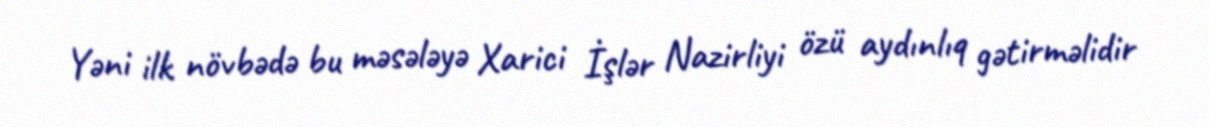
Yəni ilk növbədə bu məsələyə Xarici İşlər Nazirliyi özü aydınlıq gətirməlidir